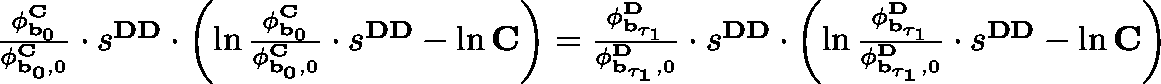
\begin{array} { r } { \frac { \mathbf { \phi } _ { \mathbf { b } _ { 0 } } ^ { \mathbf { C } } } { \mathbf { \phi } _ { \mathbf { { b } _ { 0 } } , 0 } ^ { \mathbf { C } } } \cdot s ^ { \mathbf { D D } } \cdot \left( \ln \frac { \mathbf { \phi } _ { \mathbf { b } _ { 0 } } ^ { \mathbf { C } } } { \mathbf { \phi } _ { \mathbf { { b } _ { 0 } } , 0 } ^ { \mathbf { C } } } \cdot s ^ { \mathbf { D D } } - \ln \mathbf { C } \right) = \frac { \mathbf { \phi } _ { \mathbf { b } _ { \tau _ { 1 } } } ^ { \mathbf { D } } } { \mathbf { \phi } _ { \mathbf { { b } _ { \tau _ { 1 } } } , 0 } ^ { \mathbf { D } } } \cdot s ^ { \mathbf { D D } } \cdot \left( \ln \frac { \mathbf { \phi } _ { \mathbf { b } _ { \tau _ { 1 } } } ^ { \mathbf { D } } } { \mathbf { \phi } _ { \mathbf { { b } _ { \tau _ { 1 } } } , 0 } ^ { \mathbf { D } } } \cdot s ^ { \mathbf { D D } } - \ln \mathbf { C } \right) } \end{array}